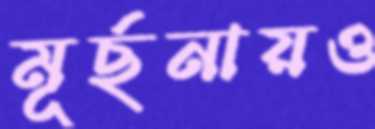
মূর্ছনায়ও